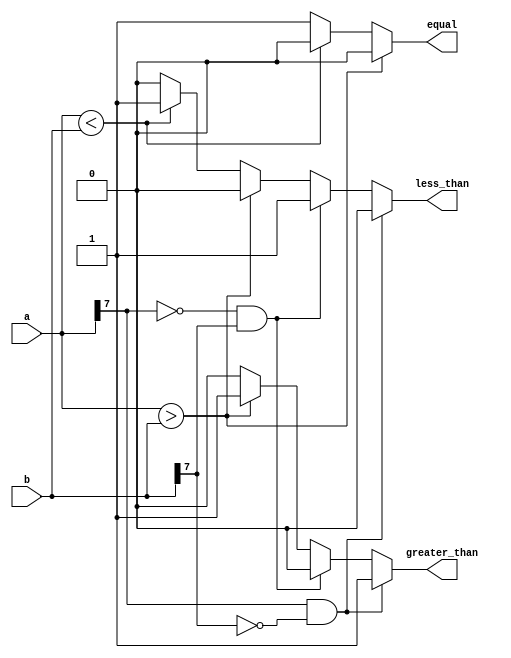
module signed_magnitude_comparator (
    input signed [7:0] a,
    input signed [7:0] b,
    output reg equal,
    output reg greater_than,
    output reg less_than
);

reg sign_a, sign_b;

// Determine the sign bit for input numbers
assign sign_a = a[7];
assign sign_b = b[7];

always @(*) begin
    // Bitwise comparison logic
    if (a > b) begin
        equal = 0;
        greater_than = 1;
        less_than = 0;
    end else if (a < b) begin
        equal = 0;
        greater_than = 0;
        less_than = 1;
    end else begin
        equal = 1;
        greater_than = 0;
        less_than = 0;
    end
    
    // Handle sign bit comparison
    if (sign_a == 1 && sign_b == 0) begin
        greater_than = 1;
        less_than = 0;
    end else if (sign_a == 0 && sign_b == 1) begin
        greater_than = 0;
        less_than = 1;
    end
end

endmodule